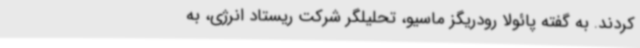
کردند. به گفته پائولا رودریگز ماسیو، تحلیلگر شرکت ریستاد انرژی، به